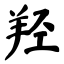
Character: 羟